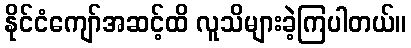
နိုင်ငံကျော်အဆင့်ထိ လူသိများခဲ့ကြပါတယ်။